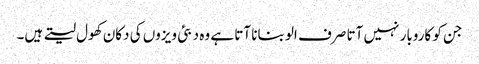
جن کو کاروبار نہیں آتا صرف الو بنانا آتا ہے وہ دبئی ویزوں کی دکان کھول لیتے ہیں۔